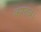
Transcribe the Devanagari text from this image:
करतब।